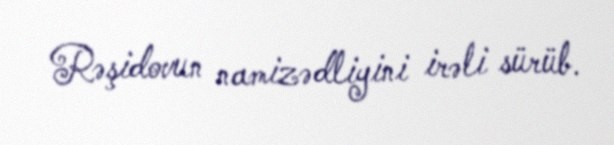
Rəşidovun namizədliyini irəli sürüb.